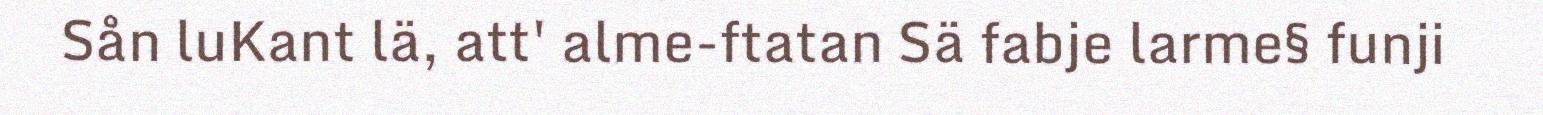
Sån luKant lä, att' alme-ftatan Sä fabje larme§ funji